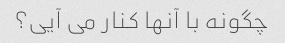
چگونه با آنها کنار می آیی؟